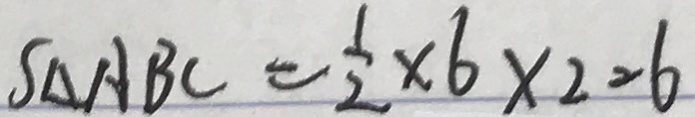
S _ { \Delta } A B C = \frac { 1 } { 2 } \times 6 \times 2 = 6